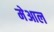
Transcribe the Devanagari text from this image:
मेआल